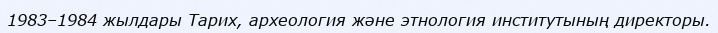
1983–1984 жылдары Тарих, археология және этнология институтының директоры.